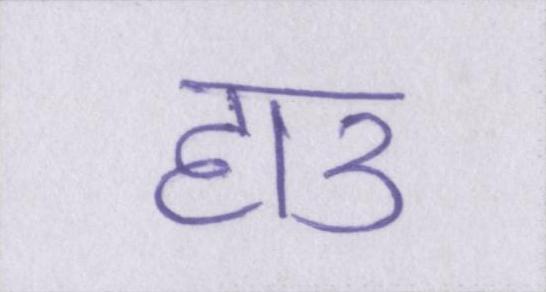
हाउ